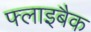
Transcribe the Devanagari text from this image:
फ्लाइबैक